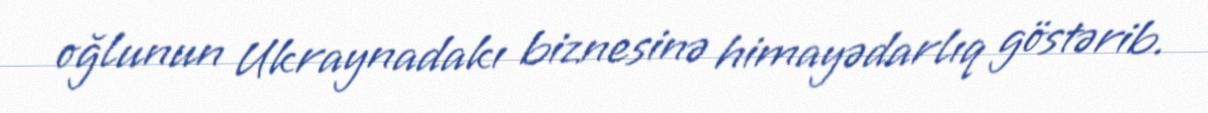
oğlunun Ukraynadakı biznesinə himayədarlıq göstərib.